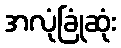
အလုံခြုံဆုံး